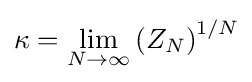
\kappa =\lim _{N\rightarrow \infty }\left(Z_{N}\right)^{1/N}